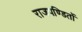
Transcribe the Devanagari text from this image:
राजपण्डितों